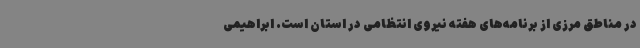
در مناطق مرزی از برنامه‌های هفته نیروی انتظامی در استان است. ابراهیمی